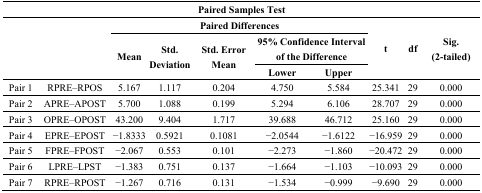
| <COLSPAN=10> Paired Samples Test |
 | <ROWSPAN=3-COLSPAN=2>  | <COLSPAN=5> Paired Differences | <ROWSPAN=3> t | <ROWSPAN=3> df | <ROWSPAN=3> Sig. (2-tailed) |
 | <ROWSPAN=2> Mean | <ROWSPAN=2> Std. Deviation | <ROWSPAN=2> Std. Error Mean | <COLSPAN=2> 95% Confidence Interval of the Difference |
 | Lower | Upper |
 | --- | --- | --- | --- | --- | --- | --- | --- | --- | --- |
 | Pair 1 | RPRE–RPOS | 5.167 | 1.117 | 0.204 | 4.750 | 5.584 | 25.341 | 29 | 0.000 |
 | Pair 2 | APRE–APOST | 5.700 | 1.088 | 0.199 | 5.294 | 6.106 | 28.707 | 29 | 0.000 |
 | Pair 3 | OPRE–OPOST | 43.200 | 9.404 | 1.717 | 39.688 | 46.712 | 25.160 | 29 | 0.000 |
 | Pair 4 | EPRE–EPOST | −1.8333 | 0.5921 | 0.1081 | −2.0544 | −1.6122 | −16.959 | 29 | 0.000 |
 | Pair 5 | FPRE–FPOST | −2.067 | 0.553 | 0.101 | −2.273 | −1.860 | −20.472 | 29 | 0.000 |
 | Pair 6 | LPRE–LPST | −1.383 | 0.751 | 0.137 | −1.664 | −1.103 | −10.093 | 29 | 0.000 |
 | Pair 7 | RPRE–RPOST | −1.267 | 0.716 | 0.131 | −1.534 | −0.999 | −9.690 | 29 | 0.000 |